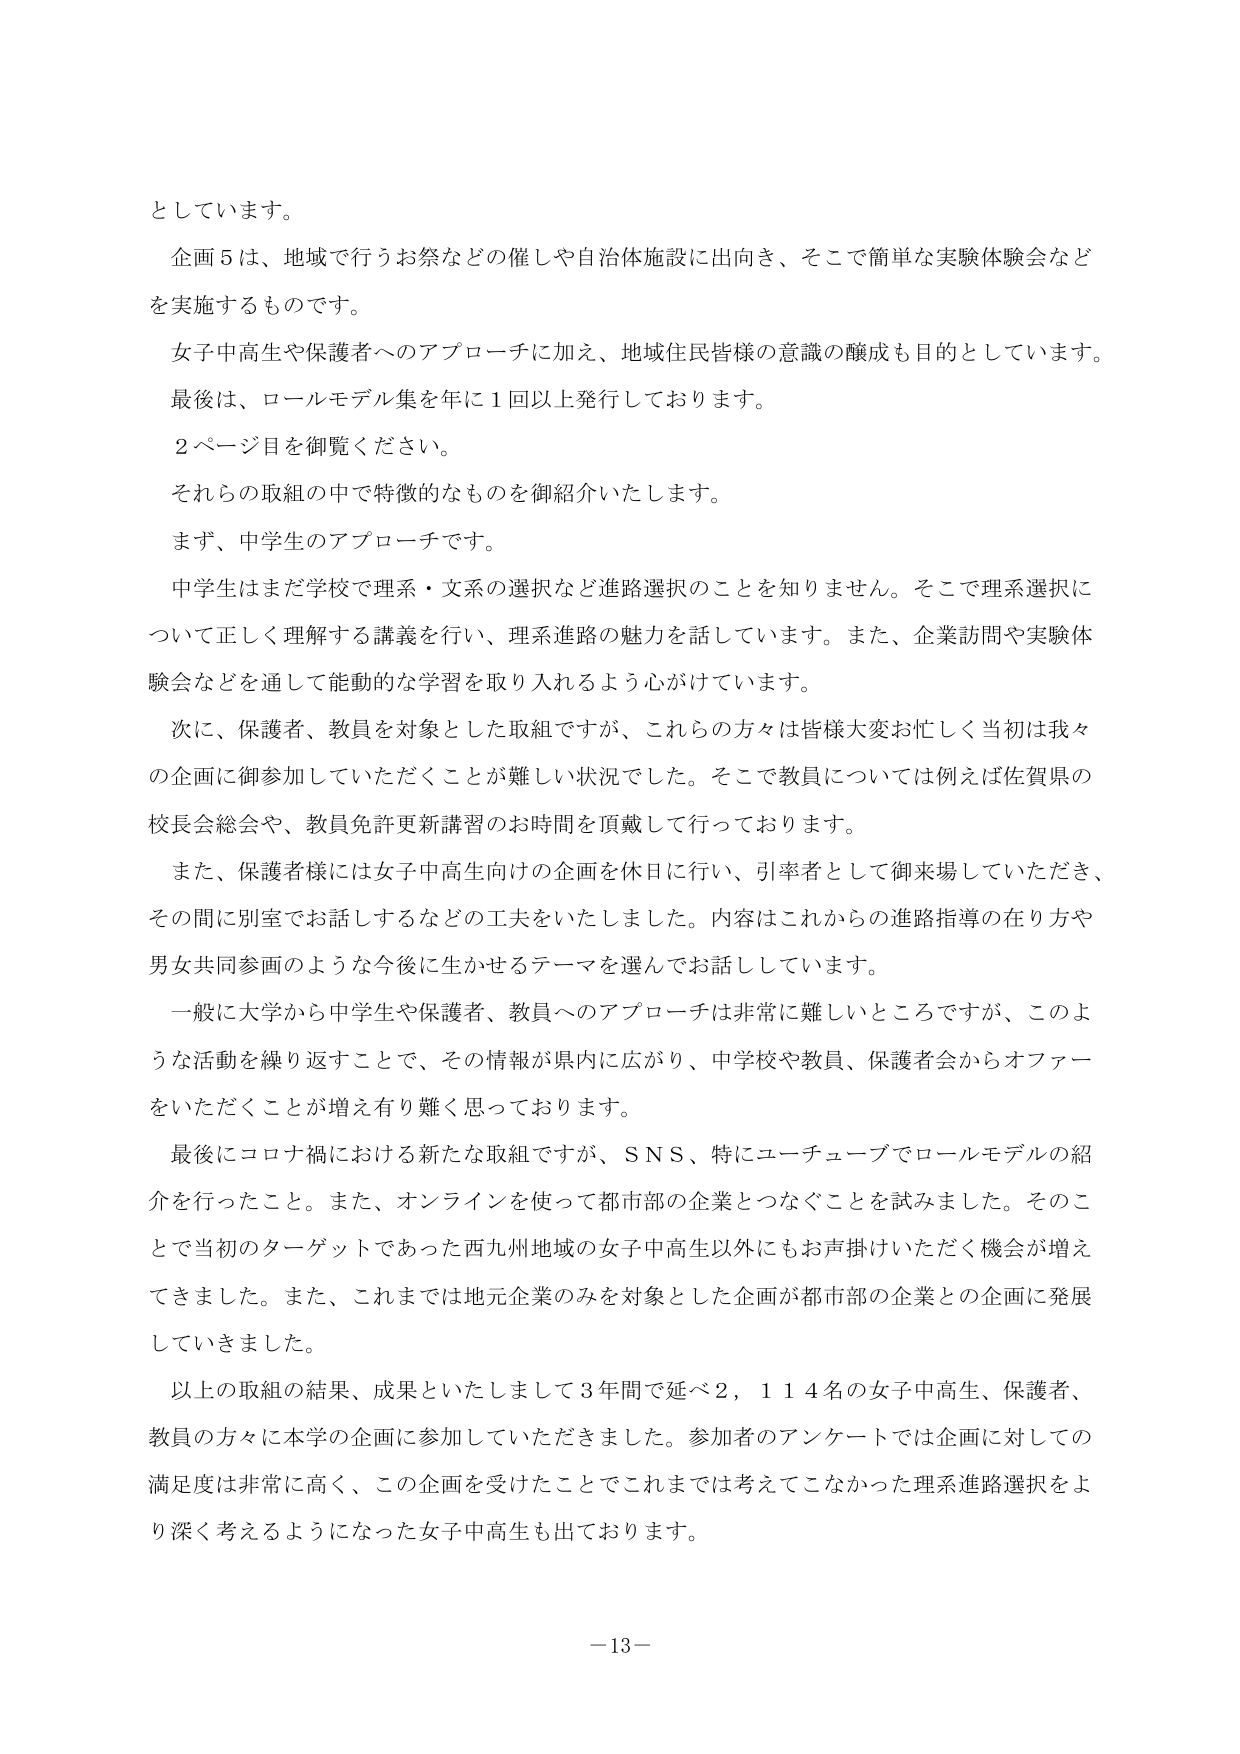
としています。
企画５は、地域で行うお祭などの催しや自治体施設に出向き、そこで簡単な実験体験会などを実施するものです。
女子中高生や保護者へのアプローチに加え、地域住民皆様の意識の醸成も目的としています。最後は、ロールモデル集を年に１回以上発行しております。
２ページ目を御覧ください。
それらの取組の中で特徴的なものを御紹介いたします。
まず、中学生のアプローチです。
中学生はまだ学校で理系・文系の選択など進路選択のことを知りません。そこで理系選択について正しく理解する講義を行い、理系進路の魅力を話しています。また、企業訪問や実験体験会などを通して能動的な学習を取り入れるよう心がけています。
次に、保護者、教員を対象とした取組ですが、これらの方々は皆様大変お忙しく当初は我々の企画に御参加していただくことが難しい状況でした。そこで教員については例えば佐賀県の校長会総会や、教員免許更新講習のお時間を頂戴して行っております。
また、保護者様には女子中高生向けの企画を休日に行い、引率者として御来場していただき、その間に別室でお話しするなどの工夫をいたしました。内容はこれからの進路指導の在り方や男女共同参画のような今後に生かせるテーマを選んでお話ししています。
一般に大学から中学生や保護者、教員へのアプローチは非常に難しいところですが、このような活動を繰り返すことで、その情報が県内に広がり、中学校や教員、保護者会からオファーをいただくことが増え有り難く思っております。
最後にコロナ禍における新たな取組ですが、ＳＮＳ、特にユーチューブでロールモデルの紹介を行ったこと。また、オンラインを使って都市部の企業とつなぐことを試みました。そのことで当初のターゲットであった西九州地域の女子中高生以外にもお声掛けいただく機会が増えてきました。また、これまでは地元企業のみを対象とした企画が都市部の企業との企画に発展していきました。
以上の取組の結果、成果といたしまして３年間で延べ２，１１４名の女子中高生、保護者、教員の方々に本学の企画に参加していただきました。参加者のアンケートでは企画に対しての満足度は非常に高く、この企画を受けたことでこれまでは考えてこなかった理系進路選択をより深く考えるようになった女子中高生も出ております。
－13－